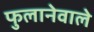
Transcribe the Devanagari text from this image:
फुलानेवाले